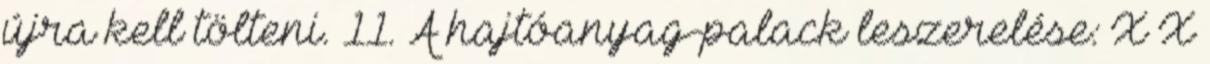
újra kell tölteni. 11. A hajtóanyag-palack leszerelése: X X